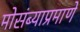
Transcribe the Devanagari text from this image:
मोसंब्याप्रमाणे